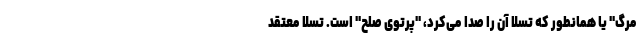
مرگ" یا همانطور که تسلا آن را صدا می‌کرد، "پرتوی صلح" است. تسلا معتقد